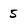
Character: 5